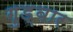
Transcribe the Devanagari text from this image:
गुड्बार